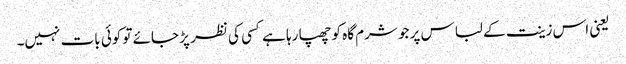
یعنی اس زینت کے لباس پر جو شرم گاہ کو چھپا رہا ہے کسی کی نظر پڑ جائے تو کوئی بات نہیں۔